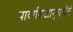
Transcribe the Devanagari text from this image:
पादादिजानुपर्यंतं